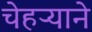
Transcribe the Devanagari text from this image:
चेहऱ्याने